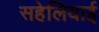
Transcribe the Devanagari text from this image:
सहेलियाई